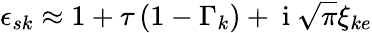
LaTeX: \epsilon_{sk}\approx 1+\tau\left(1-\Gamma_{k}\right)+\mathrm{~i~}\sqrt{\pi}\xi_{ke}